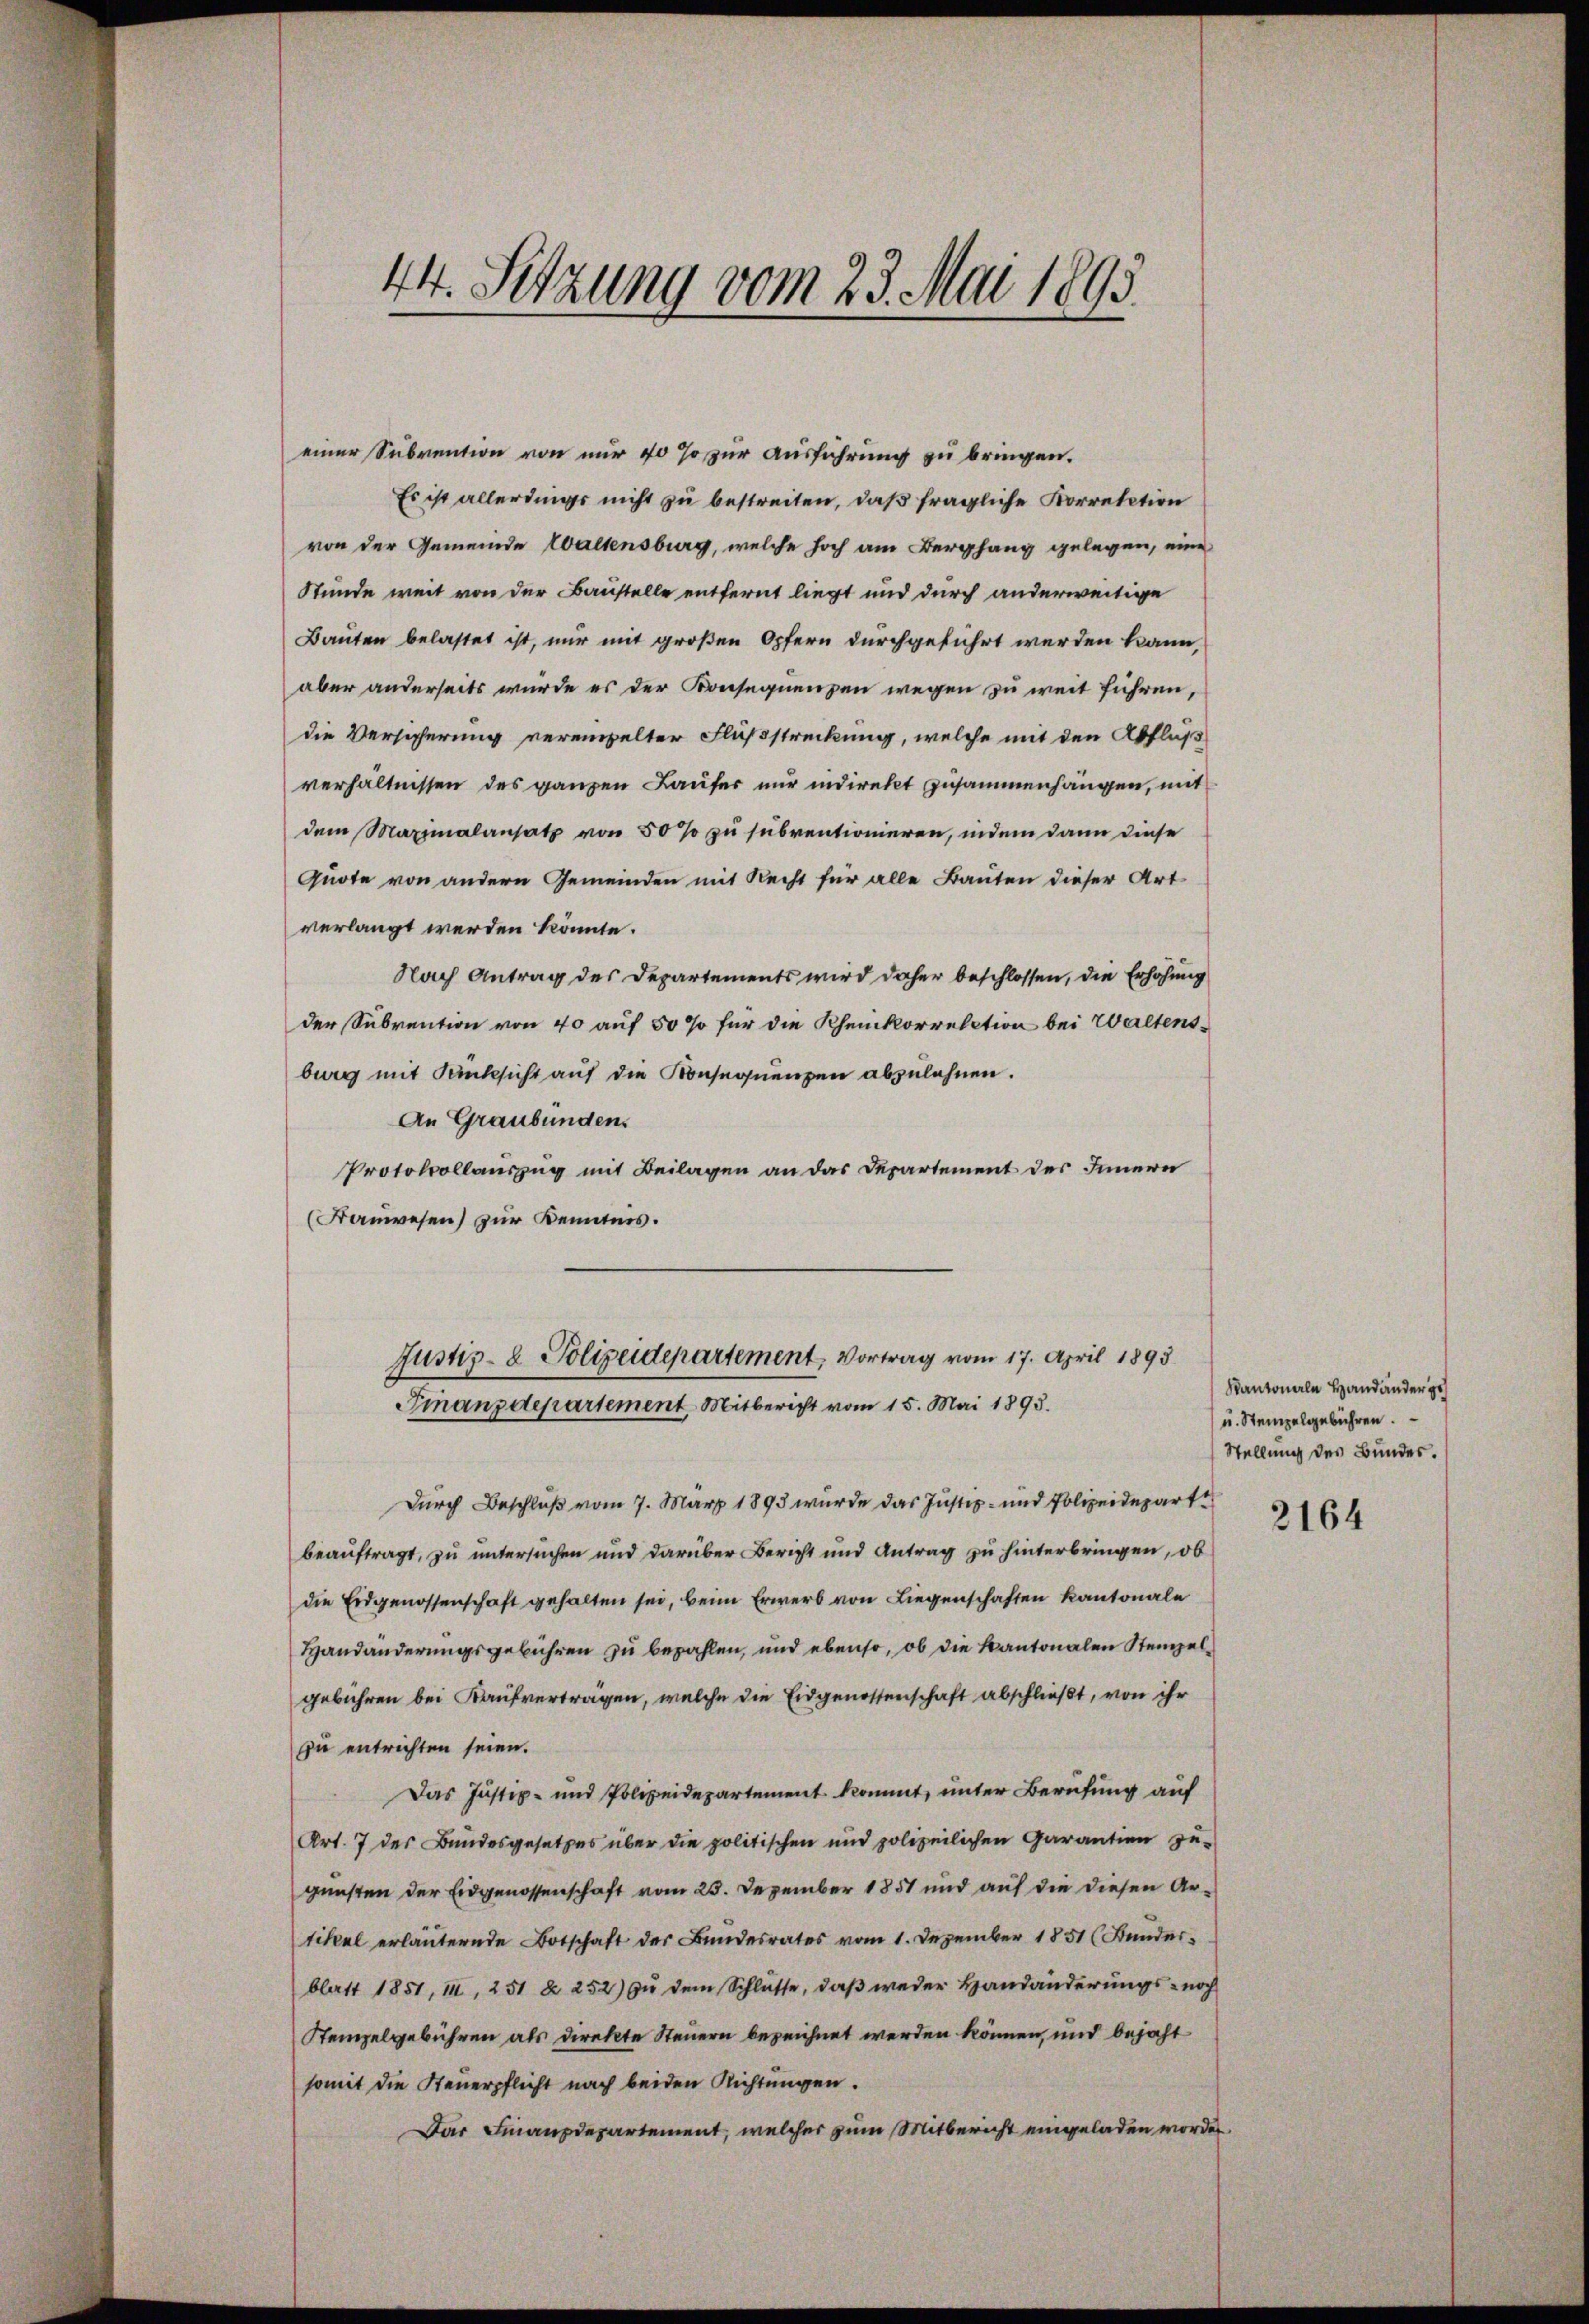
44. Sitzung vom 23. Mai 1895.

einer Subvention von nur 40 so zur Ausführung zu bringen.
Es ist allerdings nicht zu bestreiten, daß fragliche Korretition
von der Gemeinde Waltensburg, welche hoch am Verpfang gelegen, eine
Stunde weit von der Baustelle entfernt liegt und durch anderweitige
Bauten belastet ist, nur mit großen Opfern durchgeführt werden kann,
aber anderseits wurde es der Konsequenzen wegen zu weit führen,
die Versicherung vereinzelter Flußstreckung, welche mit den Abfluss
verhältnissen des ganzen Laufer nur indirekt zusammenhängen, mit
dem Maximalansatz von 50 % zu subventionieren, indem dann diese
quote von andern Gemeinden mit Recht für alle Bauten dieser Art
verlangt werden könnte.
Nach Antrag des Departements wird daher beschlossen, die Erhöhung
der Subvention von 40 auf 50 % für die Rheinkorrelation bei Waltensburg mit Rücksicht auf die Konsequenzen abzulehnen.
An Graubündens
Protokollauszug mit Beilagen an das Departement des Innern
(Fauwesen) zur Kenntnis.
Justiz- & Polizeidepartement, Vortrag vom 17. April 1893
Finanzdepartement, Mitbericht vom 15. Mai 1893.
Durch Beschluß vom 7. März 1893 wurde das Justiz- und Polizeidepart
beauftragt, zu untersuchen und darüber Bericht und Antrag zu hinterbringen, ob
die Eidgenossenschaft gehalten sei, beim Erwerb von Liegenschaften Kantonale
Handänderungsgebühren zu bezahlen, und ebenso, ob die Kantonalen Stempel
gebühren bei Kaufverträgen, welche die Eidgenossenschaft abschließt, von ihr
zu entrichten seien.
Das Justiz- und Polizeidepartement kommt, unter Berufung auf
Art. 7 der Bundesgesetzes über die politischen und polizeilichen Garantien zu-
gunsten der Eidgenossenschaft vom 25. Dezember 1851 und auf die diesen Artikal erläuternde Botschaft der Bundesrates vom 1. Dezember 1851 (Bunder-
blatt 1851, III, 251 & 252) zu dem Schlüsse, daß weder Handänderungs- noch
Stempelgebühren als direkte Steuern bezeichnet werden können, und bejaht
somit die Steuerpflicht nach beiden Richtungen.
Das Finanzdepartement, welcher zum Mitbericht eingeladen worden.

Kantonale Handänder ge
u. Stempelgebühren.
Stellung des Bundes.

2164